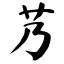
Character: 艿